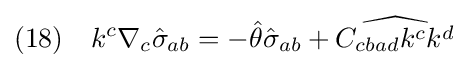
(18)\quad k^{c}\nabla _{c}{\hat {\sigma }}_{ab}=-{\hat {\theta }}{\hat {\sigma }}_{ab}+{\widehat {C_{cbad}k^{c}k^{d}}}\;